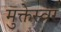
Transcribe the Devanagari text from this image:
मुक्तेस्वर